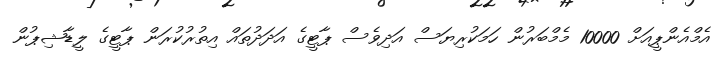
އެމްއެންޕީއަށް 10000 މެމްބަރުން ހަމަކުރިޔަސް އަދިވެސް ޕާޓީގެ އަދަދުތައް އިތުރުކުރަން ޕާޓީގެ ލީޑާޝިޕުން